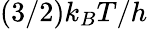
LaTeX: (3/2)k_{B}T/h